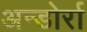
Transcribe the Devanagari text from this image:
अन्डोर्रा